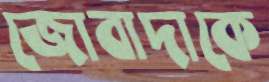
জোবাদাকে